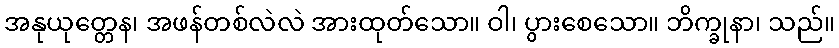
အနုယုတ္တေန၊ အဖန်တစ်လဲလဲ အားထုတ်သော။ ဝါ၊ ပွားစေသော။ ဘိက္ခုနာ၊ သည်။